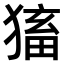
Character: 𤠕